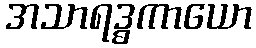
အသာရဒ္ဓကာယော